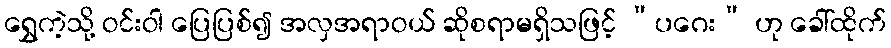
ရွှေကဲ့သို့ ဝင်းဝါ ပြေပြစ်၍ အလှအရာဝယ် ဆိုစရာမရှိသဖြင့် “ပဂေး” ဟု ခေါ်ထိုက်